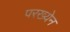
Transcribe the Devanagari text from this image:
परख्येन